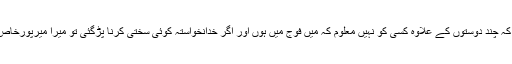
اُنہوں نے زیادہ کریدا تو بتایا کہ چند دوستوں کے علاوہ کسی کو نہیں معلوم کہ میں فوج میں ہوں اور اگر خدانخواستہ کوئی سختی کرنا پڑگئی تو میرا میرپورخاص میں رہنا مشکل ہوجائے گا ۔